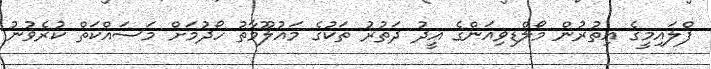
ފްލައިމީގެ އިތުރުން މޯލްޑިވިއަންގެ އީދު ދަތުރު ތަކުގެ މައުލޫމާތު ހޯދުމަށް މަސައްކަތް ކުރެވުނު